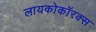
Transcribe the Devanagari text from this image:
लायकोकॉरक्स